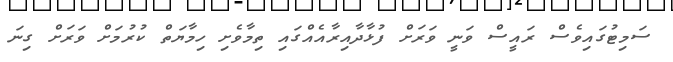
ސަމިޓުގައިވެސް ރައީސް ވަނީ ވަރަށް ފުޅާދާއިރާއެއްގައި ތިމާވެށި ހިމާޔަތް ކުރުމަށް ވަރަށް ގިނަ